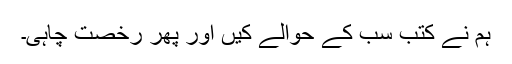
ہم نے کتب سب کے حوالے کیں اور پھر رخصت چاہی۔